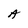
Character: A